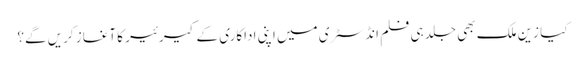
کیا زین ملک بھی جلد ہی فلم انڈسٹری میں اپنی اداکاری کے کیرئیر کا آغاز کریں گے؟